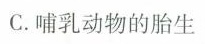
C. 哺乳动物的胎生